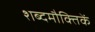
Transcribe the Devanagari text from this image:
शब्दमौक्तिकें